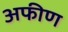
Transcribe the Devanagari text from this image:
अफीण